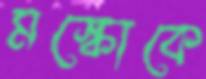
মস্কোকে